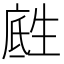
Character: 𪽅